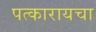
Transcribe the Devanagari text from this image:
पत्कारायचा